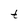
Character: t